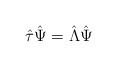
\begin{align*}\hat\tau \hat{\Psi}=\hat{\Lambda}\hat{\Psi}\end{align*}